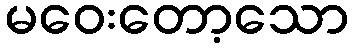
မဝေးတော့သော